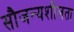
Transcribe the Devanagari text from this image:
सौजन्यशीलता